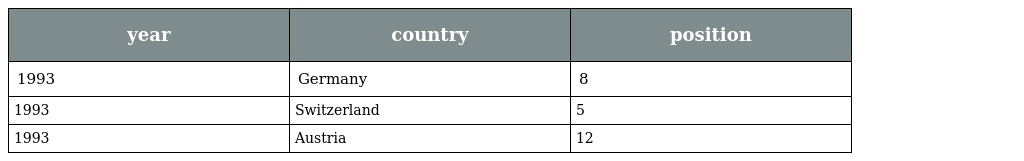
| year | country | position |
 | --- | --- | --- |
 | 1993 | Germany | 8 |
 | 1993 | Switzerland | 5 |
 | 1993 | Austria | 12 |